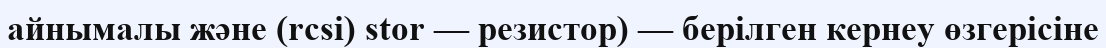
айнымалы және (rcsi) stor — резистор) — берілген кернеу өзгерісіне